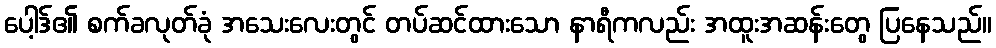
ပေါ့ဒ်၏ စက်ခလုတ်ခုံ အသေးလေးတွင် တပ်ဆင်ထားသော နာရီကလည်း အထူးအဆန်းတွေ ပြနေသည်။